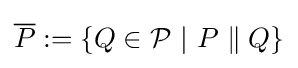
{\overline {P}}:=\{Q\in {\mathcal {P}}\ |\ P\parallel Q\}